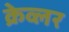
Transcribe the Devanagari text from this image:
क्रेव्लर